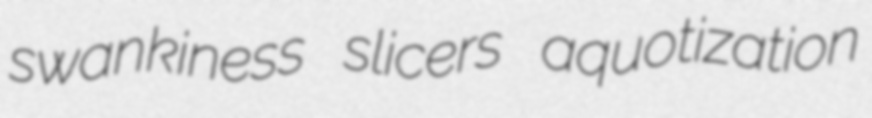
swankiness slicers aquotization